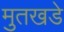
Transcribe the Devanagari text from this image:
मुतखडे